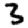
Digit: 3